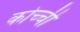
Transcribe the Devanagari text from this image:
कोच्‍ची